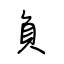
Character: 負